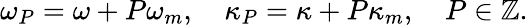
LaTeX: \omega_{P}=\omega+P\omega_{m},\quad\kappa_{P}=\kappa+P\kappa_{m},\quad P\in\mathbb{Z}.